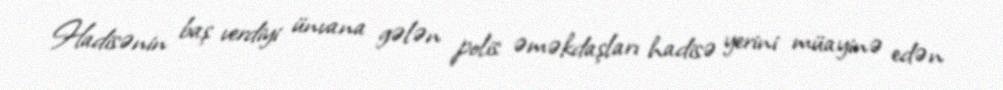
Hadisənin baş verdiyi ünvana gələn polis əməkdaşları hadisə yerini müayinə edən